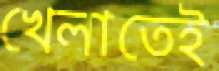
খেলাতেই